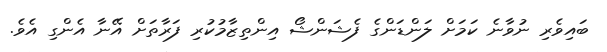
ބައިވެރި ނުވާނެ ކަމަށް ލަންޑަންގެ ފެޝަންޝޯ އިންތިޒާމުކުރި ފަރާތަށް އޭނާ އެންގި އެވެ.